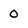
Character: 0